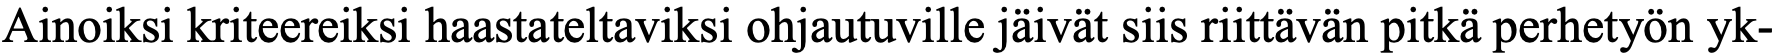
Ainoiksi kriteereiksi haastateltaviksi ohjautuville jäivät siis riittävän pitkä perhetyön yk-